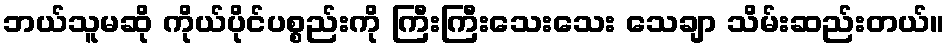
ဘယ်သူမဆို ကိုယ်ပိုင်ပစ္စည်းကို ကြီးကြီးသေးသေး သေချာ သိမ်းဆည်းတယ်။